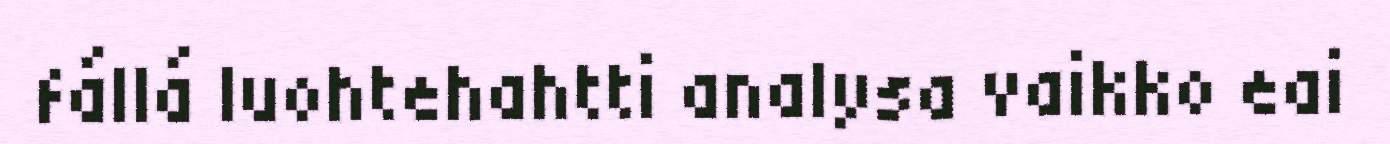
fállá luohtehahtti analysa vaikko eai